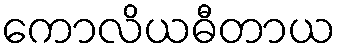
ကောလိယဓီတာယ